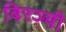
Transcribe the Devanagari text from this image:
बिरञ्ची